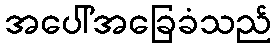
အပေါ်အခြေခံသည်